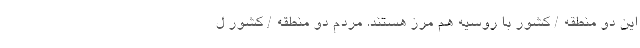
این دو منطقه / کشور با روسیه هم مرز هستند. مردم دو منطقه / کشور ل